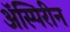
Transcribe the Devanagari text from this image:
ॲस्पिरीन